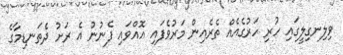
ވިލިނގިލީގައި ހުރި ހަރުގެއެއް ތެރެއިން މަރުވެފައި އޮއްވައި ފެނުނު އެ ރަށު ދެތަނޑިމާގެ